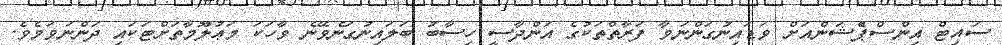
ސައިޓް އިންސްޕެްޝަންއަށް ވަޑައިނުގަންނަވާ ފަރާތްތަކުގެ އަންދާސީ ހިސާބު ބަލައިނުގަނެވޭނެ ވާހަކަ މަޢުލޫމާތަށްޓަކައި ދަންނަވަމެވެ.